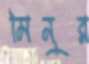
মিনুর